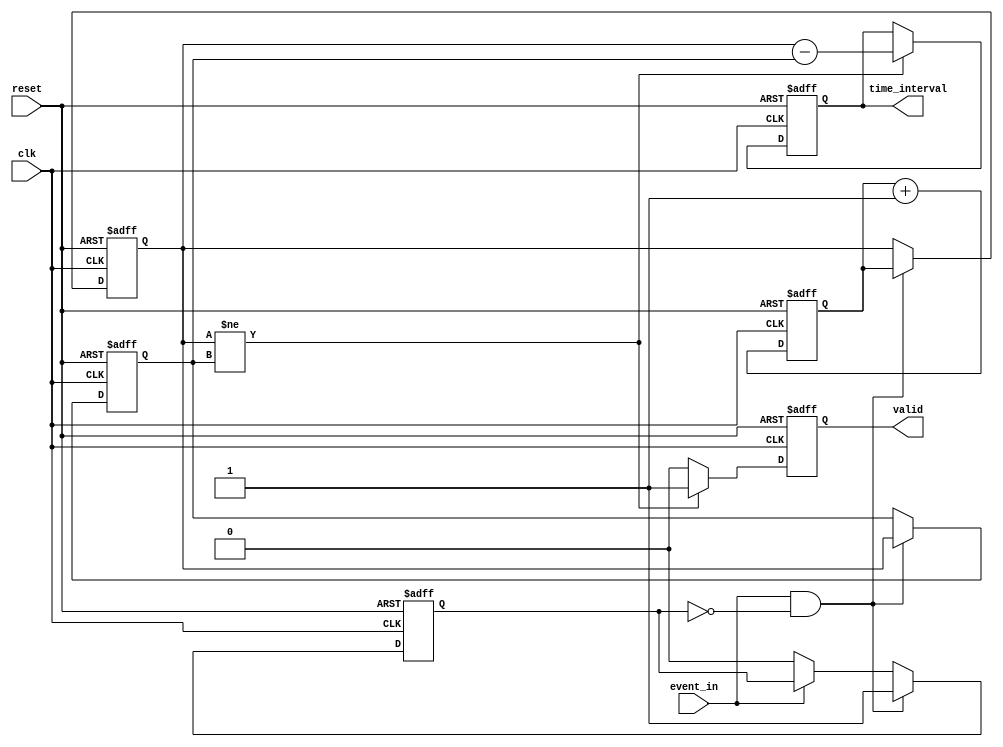
module TDC (
    input wire clk,                // Clock signal
    input wire reset,              // Asynchronous reset
    input wire event_in,           // Input event signal
    output reg [31:0] time_interval, // Output time interval between events
    output reg valid               // Output valid flag for time interval
);

    reg [31:0] timestamp;          // Register to hold the timestamp of the last event
    reg [31:0] last_timestamp;     // Register to hold the last timestamp
    reg event_detected;            // Flag to indicate event detection
    reg [31:0] clock_count;        // Current clock count

    // Clock counter to keep track of time
    always @(posedge clk or posedge reset) begin
        if (reset) begin
            clock_count <= 32'b0;
        end else begin
            clock_count <= clock_count + 1;
        end
    end

    // Event detection and timestamp generation
    always @(posedge clk or posedge reset) begin
        if (reset) begin
            timestamp <= 32'b0;
            last_timestamp <= 32'b0;
            time_interval <= 32'b0;
            valid <= 1'b0;
            event_detected <= 1'b0;
        end else begin
            if (event_in && !event_detected) begin
                // Event detected, capture timestamp
                last_timestamp <= timestamp;
                timestamp <= clock_count;
                event_detected <= 1'b1; // Set event detected flag
            end else if (!event_in) begin
                event_detected <= 1'b0; // Reset event detected flag
            end

            // Calculate time interval if a new event has occurred
            if (timestamp != last_timestamp) begin
                time_interval <= timestamp - last_timestamp;
                valid <= 1'b1; // Set valid flag
            end else begin
                valid <= 1'b0; // Clear valid flag if no new interval
            end
        end
    end

endmodule